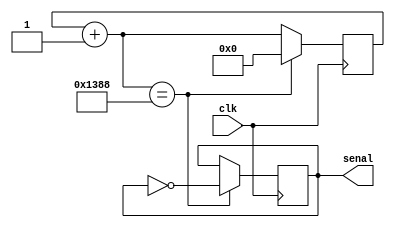
// 100 Hz Clock to generate PWM

module clock100hz(input clk, output senal);	//es de 50 hz
reg [19:0] conta;
reg tempo; //evita que la variable serial sea registro

assign senal=tempo;

always @(posedge clk)
begin
	conta=conta+1;
	if (conta == 20'd5000)
	begin
		conta=0;
		tempo = ~tempo;
		
	end
end
endmodule